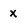
Character: x